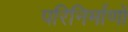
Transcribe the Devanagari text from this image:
परिनिर्माणों